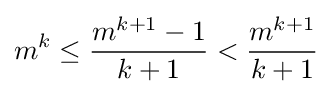
m^{k}\leq {\frac {m^{k+1}-1}{k+1}}<{\frac {m^{k+1}}{k+1}}